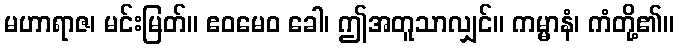
မဟာရာဇ၊ မင်းမြတ်။ ဧဝမေဝ ခေါ၊ ဤအတူသာလျှင်။ ကမ္မာနံ၊ ကံတို့၏။